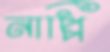
নাপ্পি